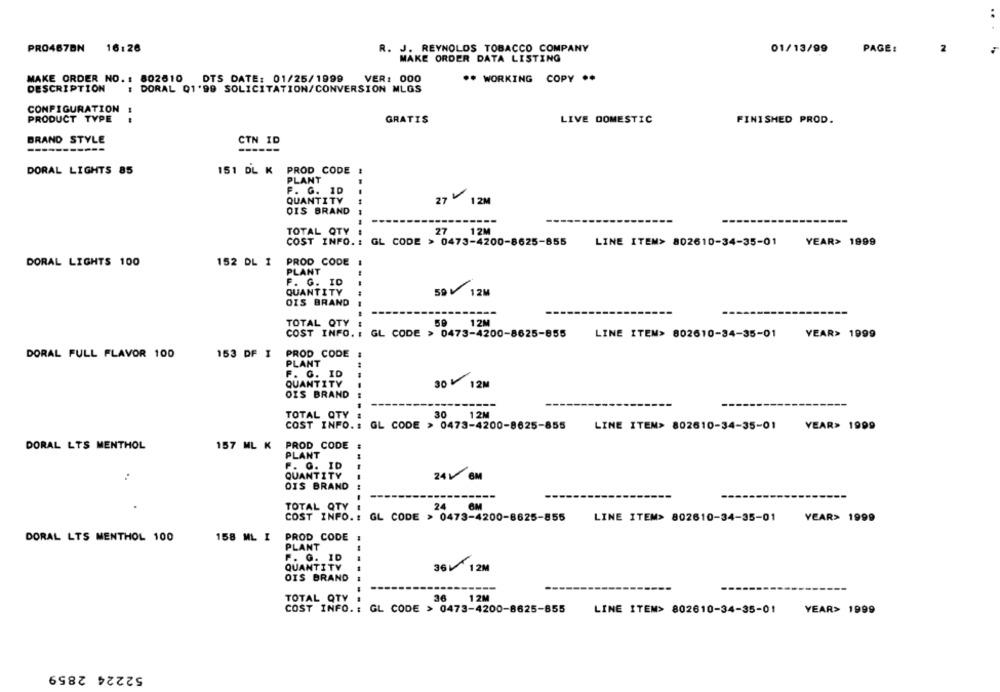
PRO4678N 16:26
R. J. REYNOLDS TOBACCO COMPANY
PAGE:
2
01/13/99
MAKE ORDER DATA LISTING
MAKE ORDER NO. : 802610 DTS DATE: 01/25/1999
VER: 000
.* WORKING COPY ..
DESCRIPTION
: DORAL 01'99 SOLICITATION/CONVERSION MLGS
CONFIGURATION
PRODUCT TYPE
GRATIS
LIVE DOMESTIC
FINISHED PROD.
BRAND STYLE
CTN ID
-----------
DORAL LIGHTS 85
151 DL K PROD CODE !
PLANT
F. G. ID
QUANTITY
27 1 2M
OIS BRAND
--
TOTAL QTY
27 12M
COST INFO. : GL CODE > 0473-4200-8625-855
------
LINE ITEM> 802610-34-35-01
YEAR> 1999
DORAL LIGHTS 100
152 DL 1
PROD CODE
PLANT
F. G. ID
59 12M
QUANTITY
OIS BRAND
TOTAL QTY
59 12M
COST INFO. : GL CODE > 0473-4200-8625-855
LINE ITEM> 802610-34-35-01
YEAR> 1999
153 DF T
PROD CODE
DORAL FULL FLAVOR 100
PLANT
F. G. ID
---
QUANTITY
30 12M
OIS BRAND
TOTAL OTY
30
12M
COST INFO .: GL CODE > 0473-4200-8625-855
LINE ITEM> 802610-34-35-01
YEAR> 1999
DORAL LTS MENTHOL
157 ML K
PROD CODE
PLANT
F. O. ID
QUANTITY
24V BM
OIS BRAND
--
TOTAL QTY
24
6M
COST INFO .: GL CODE > 0473-4200-8625-855
LINE ITEM> 802610-34-35-01
YEAR> 1999
DORAL LTS MENTHOL 100
158 ML I
PROD CODE
PLANT
F. O. ID
QUANTITY
36 1 2M
OIS BRAND
---
-----
TOTAL QTY
36
12M
COST INFO. : GL CODE > 0473-4200-8625-855
LINE ITEM> 802610-34-35-01
YEAR> 1999
52224 2859